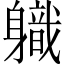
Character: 軄